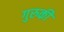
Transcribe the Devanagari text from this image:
गुरुकी